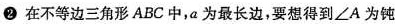
②在不等边三角形ABC中，a为最长边，要想得到\angle A为钝